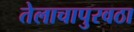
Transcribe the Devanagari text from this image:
तेलाचापुरवठा